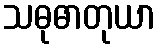
သဓုဓာတုယာ